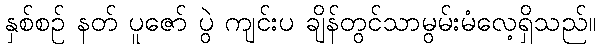
နှစ်စဉ် နတ် ပူဇော် ပွဲ ကျင်းပ ချိန်တွင်သာမွမ်းမံလေ့ရှိသည်။